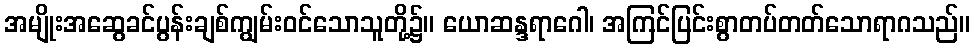
အမျိုးအဆွေခင်ပွန်းချစ်ကျွမ်းဝင်သောသူတို့၌။ ယောဆန္ဒရာဂေါ၊ အကြင်ပြင်းစွာတပ်တတ်သောရာဂသည်။